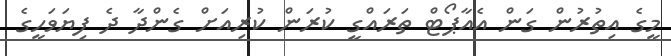
މީގެ އިތުރުން ގަން އެއާޕޯޓް ތަރައްގީ ކުރަން ކުރިއަށް ގެންދާ ދެ ފިޔަވަހީގެ